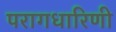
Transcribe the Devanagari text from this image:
परागधारिणी